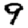
Digit: 9